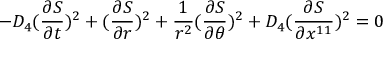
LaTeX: - D _ { 4 } ( { \frac { \partial S } { \partial t } } ) ^ { 2 } + ( { \frac { \partial S } { \partial r } } ) ^ { 2 } + { \frac { 1 } { r ^ { 2 } } } ( { \frac { \partial S } { \partial \theta } } ) ^ { 2 } + D _ { 4 } ( { \frac { \partial S } { \partial x ^ { 1 1 } } } ) ^ { 2 } = 0 ~